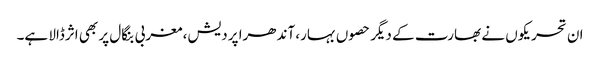
ان تحریکوں نے بھارت کے دیگر حصوں بہار، آندھرا پردیش، مغربی بنگال پر بھی اثرڈالا ہے۔